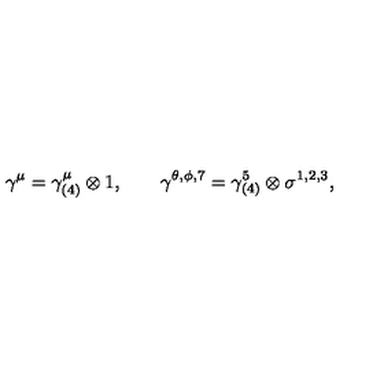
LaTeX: \gamma ^ { \mu } = \gamma _ { ( 4 ) } ^ { \mu } \otimes 1 , \qquad \gamma ^ { \theta , \phi , 7 } = \gamma _ { ( 4 ) } ^ { 5 } \otimes \sigma ^ { 1 , 2 , 3 } ,